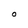
Character: O